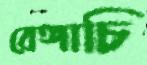
বেঙ্গাচি